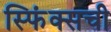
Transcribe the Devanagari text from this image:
स्फिंक्सची